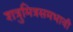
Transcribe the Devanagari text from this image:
शत्रुमित्रसमभावी